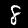
Digit: 8